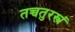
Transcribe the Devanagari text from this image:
तच्चतुरस्त्रं